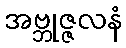
အဗ္ဘုဇ္ဇလနံ